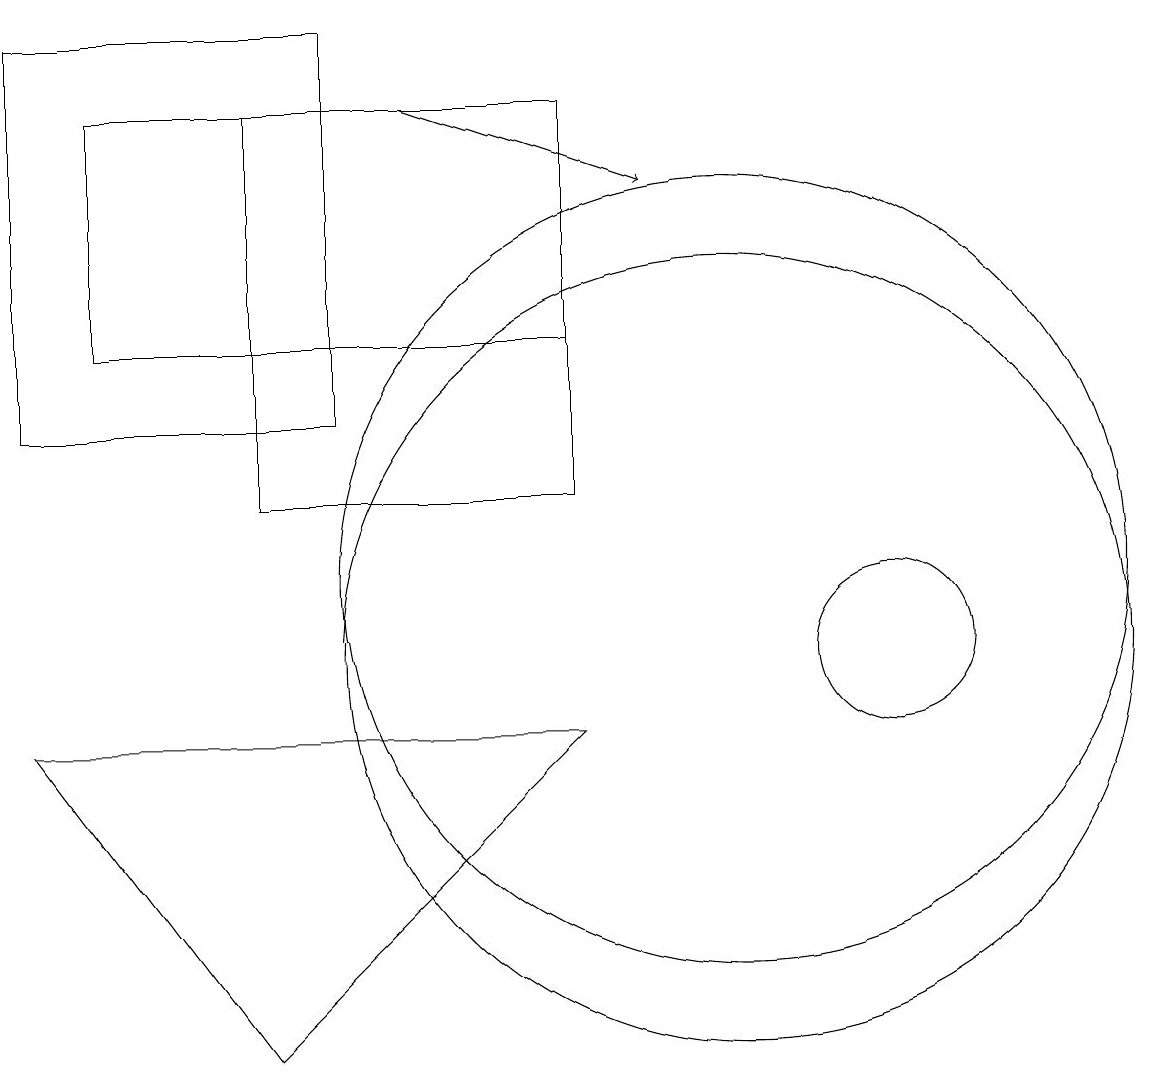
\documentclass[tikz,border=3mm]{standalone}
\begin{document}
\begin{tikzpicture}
\draw (8,17) rectangle (2,14);
\draw (12,10) circle (1);
\draw (5,13) rectangle (1,18);
\draw (4,5) -- (8,9) -- (1,9) -- cycle;
\draw (4,12) rectangle (8,17);
\draw (10,11) circle (5);
\draw (10,10) circle (5);
\draw[->] (6,17) -- (9,16);
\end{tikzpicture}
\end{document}